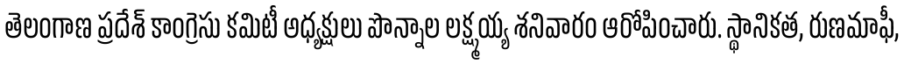
తెలంగాణ ప్రదేశ్ కాంగ్రెసు కమిటీ అధ్యక్షులు పొన్నాల లక్ష్మయ్య శనివారం ఆరోపించారు. స్థానికత, రుణమాఫీ,